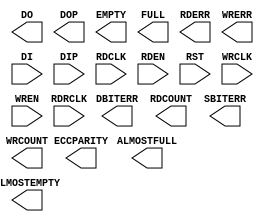
module AFIFO36_INTERNAL (ALMOSTEMPTY, ALMOSTFULL, DBITERR, DO, DOP, ECCPARITY, EMPTY, FULL, RDCOUNT, RDERR, SBITERR, WRCOUNT, WRERR,
			DI, DIP, RDCLK, RDEN, RDRCLK, RST, WRCLK, WREN);
 
    output ALMOSTEMPTY;
    output ALMOSTFULL;
    output DBITERR;
    output [63:0] DO;
    output [7:0] DOP;
    output [7:0] ECCPARITY;
    output EMPTY;
    output FULL;
    output [12:0] RDCOUNT;
    output RDERR;
    output SBITERR;
    output [12:0] WRCOUNT;
    output WRERR;

    input [63:0] DI;
    input [7:0] DIP;
    input RDCLK;
    input RDEN;
    input RDRCLK;
    input RST;
    input WRCLK;
    input WREN;

    parameter integer DATA_WIDTH = 4;
    parameter integer DO_REG = 1;
    parameter EN_SYN = "FALSE";
    parameter FIRST_WORD_FALL_THROUGH = "FALSE";
    parameter ALMOST_EMPTY_OFFSET = 13'h0080;
    parameter ALMOST_FULL_OFFSET = 13'h0080;
    parameter EN_ECC_WRITE = "FALSE";
    parameter EN_ECC_READ = "FALSE";
    parameter SIM_MODE = "SAFE";
    
    endmodule